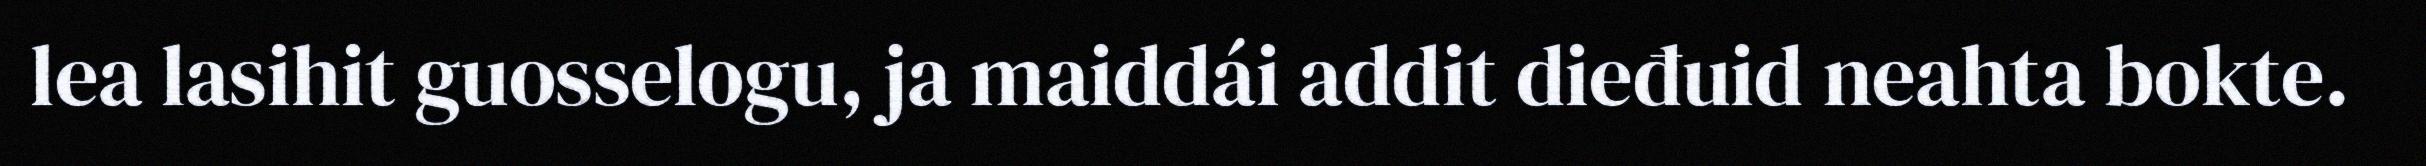
lea lasihit guosselogu, ja maiddái addit dieđuid neahta bokte.